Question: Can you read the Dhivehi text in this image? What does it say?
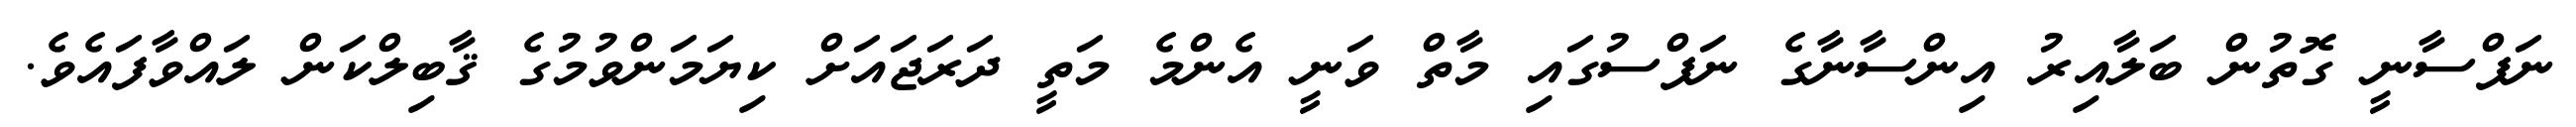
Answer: ނަފްސާނީ ގޮތުން ބަލާއިރު އިންސާނާގެ ނަފްސުގައި މާތް ވަނީ އެންމެ މަތީ ދަރަޖައަށް ކިޔަމަންވުމުގެ ޤާބިލްކަން ލައްވާފައެވެ.